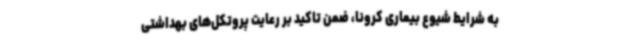
به شرایط شیوع بیماری کرونا، ضمن تاکید بر رعایت پروتکل‌های بهداشتی